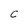
Character: C